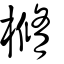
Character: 樇